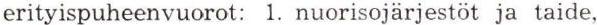
erityispuheenvuorot: 1. nuorisojärjestöt ja taide,